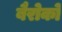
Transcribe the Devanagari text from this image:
बैरोको